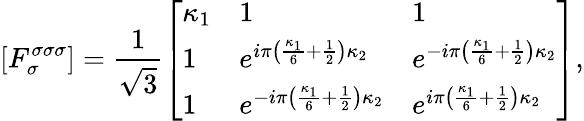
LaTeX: \left[F_{\sigma}^{\sigma\sigma\sigma}\right]=\frac{1}{\sqrt{3}}\left[\begin{array}{lll}{\kappa_{1}}&{1}&{1}\\ {1}&{e^{i\pi\left(\frac{\kappa_{1}}{6}+\frac{1}{2}\right)\kappa_{2}}}&{e^{-i\pi\left(\frac{\kappa_{1}}{6}+\frac{1}{2}\right)\kappa_{2}}}\\ {1}&{e^{-i\pi\left(\frac{\kappa_{1}}{6}+\frac{1}{2}\right)\kappa_{2}}}&{e^{i\pi\left(\frac{\kappa_{1}}{6}+\frac{1}{2}\right)\kappa_{2}}}\end{array}\right],